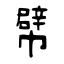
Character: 幦